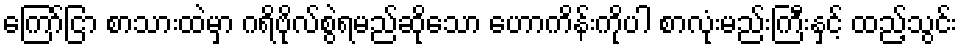
ကြော်ငြာ စာသားထဲမှာ ဂရိဗိုလ်စွဲရမည်ဆိုသော ဟောကိန်းကိုပါ စာလုံးမည်းကြီးနှင့် ထည့်သွင်း